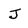
Character: J